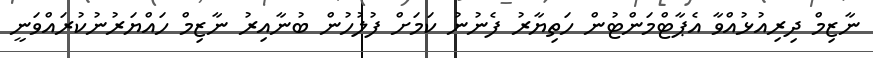
ނާޒިމް ދިރިއުޅުއްވާ އެޕާޓްމަންޓުން ހަތިޔާރު ފެނުނު ކަމަށް ފުލުހުން ބުނާއިރު ނާޒިމް ހައްޔަރުނުކުރައްވަނީ